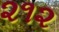
૨૧૨